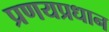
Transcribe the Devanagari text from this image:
प्रणयप्रधान